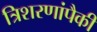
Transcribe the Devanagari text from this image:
त्रिशरणांपैकी